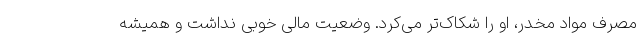
مصرف مواد مخدر، او را شکاک‌تر می‌کرد. وضعیت مالی خوبی نداشت و همیشه